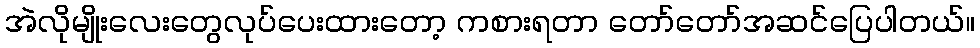
အဲလိုမျိုးလေးတွေလုပ်ပေးထားတော့ ကစားရတာ တော်တော်အဆင်ပြေပါတယ်။